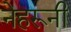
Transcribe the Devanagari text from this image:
नेहरूनी